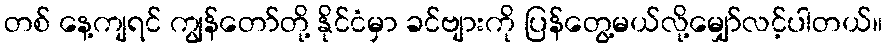
တစ် နေ့ကျရင် ကျွန်တော်တို့ နိုင်ငံမှာ ခင်ဗျားကို ပြန်တွေ့မယ်လို့မျှော်လင့်ပါတယ်။